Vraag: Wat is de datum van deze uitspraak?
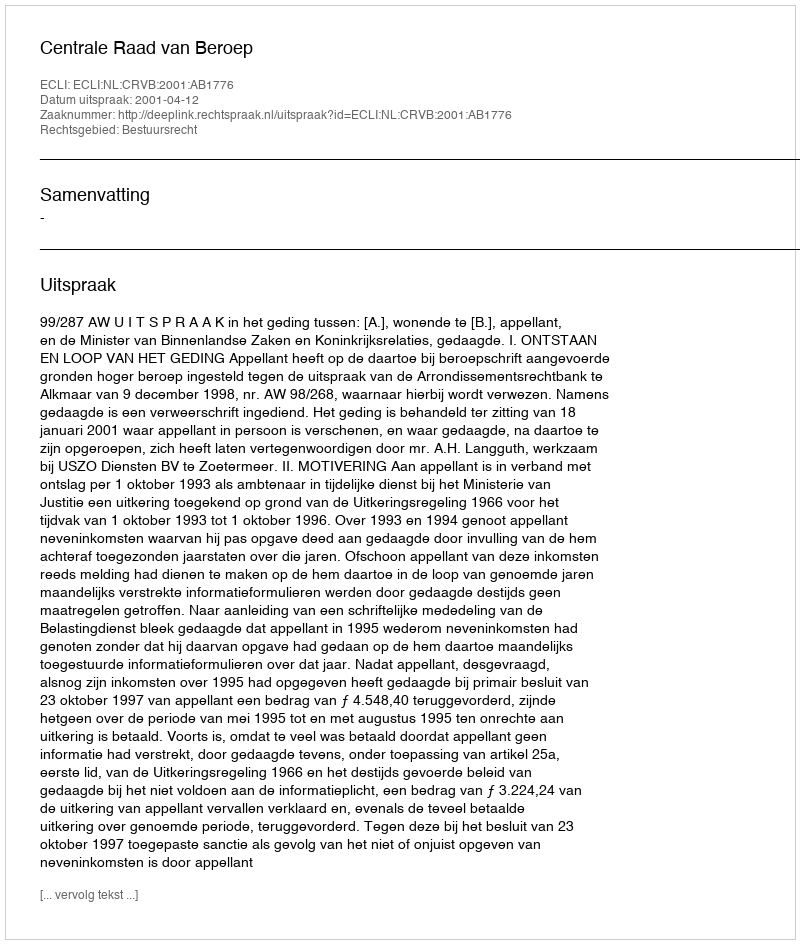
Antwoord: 2001-04-12